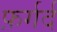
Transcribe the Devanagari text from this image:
फ़र्गर्द